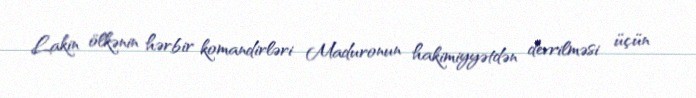
Lakin ölkənin hərbir komandirləri Maduronun hakimiyyətdən devrilməsi üçün